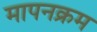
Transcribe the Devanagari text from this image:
मापनक्रम